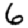
Digit: 6